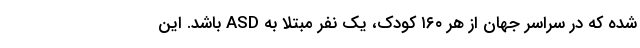
شده که در سراسر جهان از هر ۱۶۰ کودک، یک نفر مبتلا به ASD باشد. این